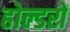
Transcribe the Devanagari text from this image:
होल्डरों